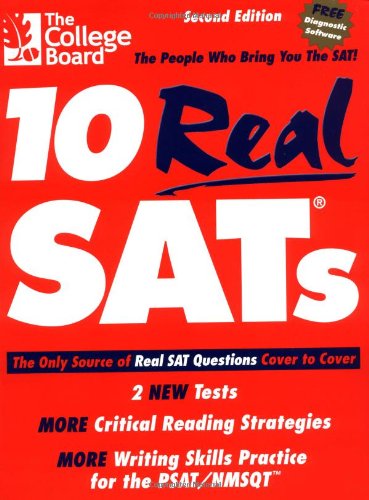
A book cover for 10 Real SATs, Second Edition; The College Board; Test Preparation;